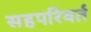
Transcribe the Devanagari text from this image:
सहपरिवर्त